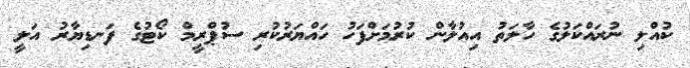
ކުއްލި ނުރައްކަލުގެ ހާލަތު އިއުލާން ކުރުމަށްފަހު ހައްޔަރުކުރި ސުޕްރީމް ކޯޓުގެ ފަނޑިޔާރު އަލީ